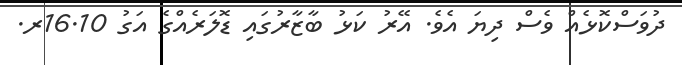
ދުވަސްކޮޅެއް ވެސް ދިޔަ އެވެ. އޭރު ކަޅު ބާޒާރުގައި ޑޮލަރެއްގެ އަގު 16.10ރ.